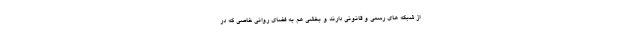
از شبکه های رسمی و قانونی دارند و بخشی هم به فضای روانی خاصی که در